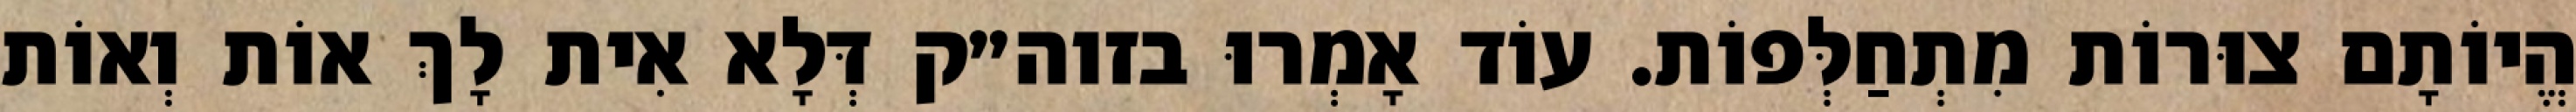
הֱיוֹתָם צוּרוֹת מִתְחַלְּפוֹת. עוֹד אָמְרוּ בזוה״ק דְּלָא אִית לָךְ אוֹת וְאוֹת